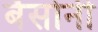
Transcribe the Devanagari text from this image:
बैसोनी